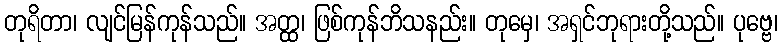
တုရိတာ၊ လျင်မြန်ကုန်သည်။ အတ္ထ၊ ဖြစ်ကုန်ဘိသနည်း။ တုမှေ၊ အရှင်ဘုရားတို့သည်။ ပုဗ္ဗေ၊